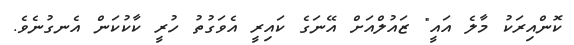
ކޮންއިރަކު މާލެ އައީ" ޒައުލްއަށް އޭނަގެ ކައިރީ އެވަގުތު ހުރީ ކާކުކަން އެނގުނެވެ.